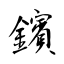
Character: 鑌